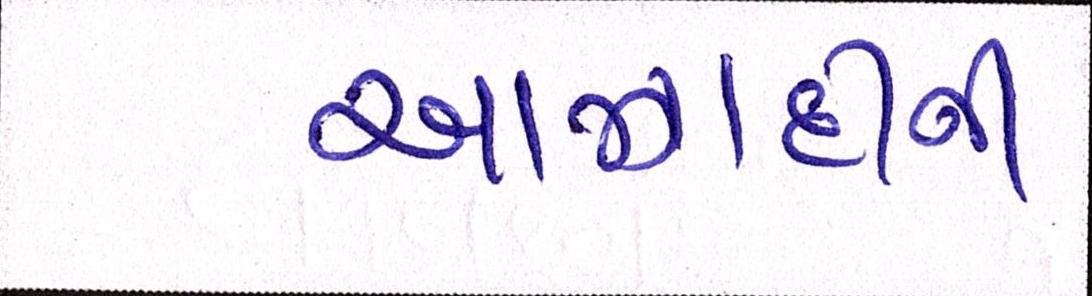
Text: આઝાદીની